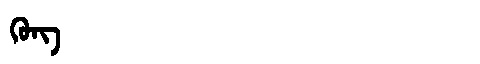
Manchu: ᡴᡠᠩ
Romanization: KUNG